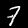
Label: 7